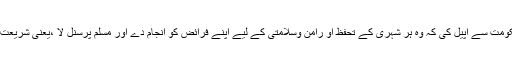
مولانا مفتی مکرم احمد نے مرکزی حکومت سے اپیل کی کہ وہ ہر شہری کے تحفظ او رامن وسلامتی کے لیے اپنے فرائض کو انجام دے اور مسلم پرسنل لا ،یعنی شریعت کے قانون میں کوئی مداخلت نہ کرے۔